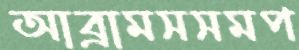
আব্রামসসমপ